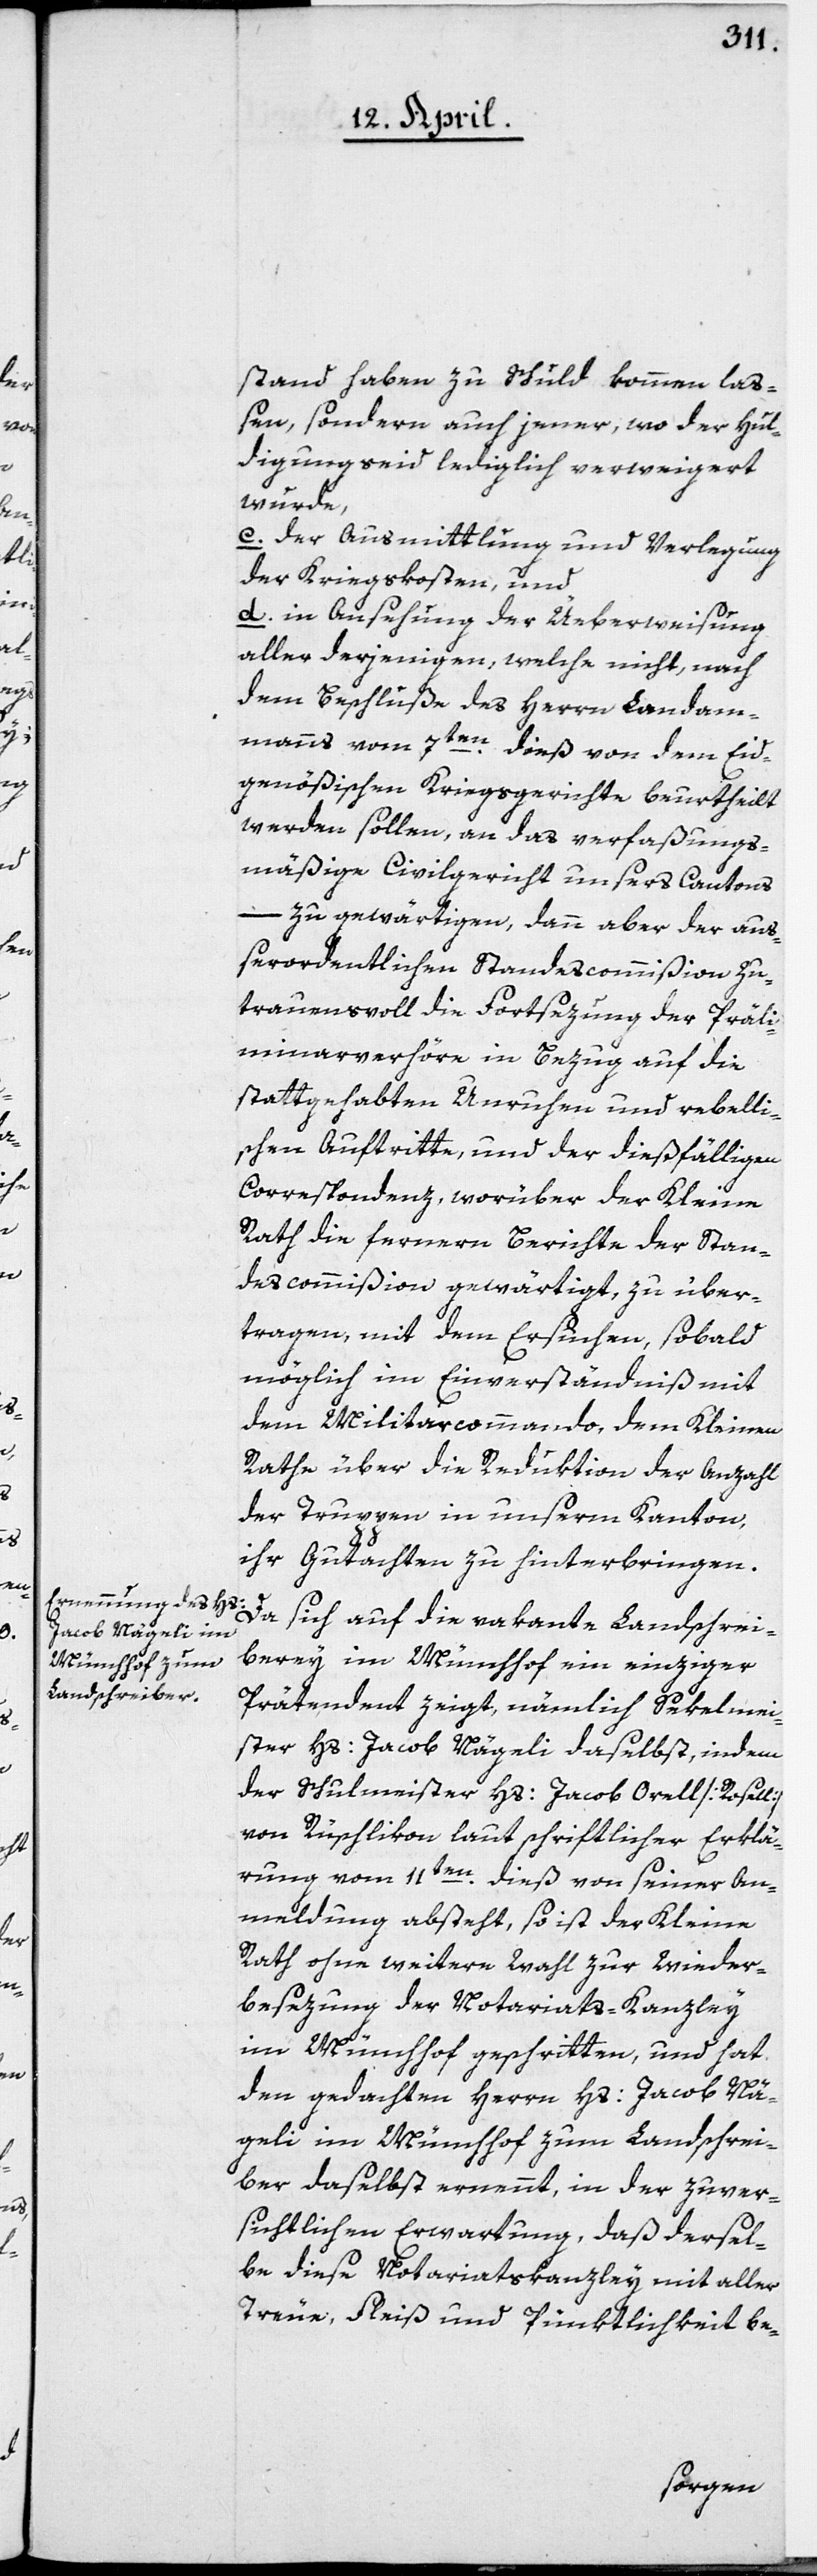
stand haben zu Schuld kommen laß¬
en, sondern auch jener, wo der Hul¬
digungseid lediglich verweigert
wurde,
c. der Ausmittlung und Verlegung
der Kriegskosten, und
d. in Ansehung der Ueberweisung
aller derjenigen, welche nicht, nach
dem Beschluße des Herrn Landam¬
manns vom 7ten dieß von dem Eid¬
genößischen Kriegsgerichte beurtheilt
werden sollen, an das verfaßungs¬
mäßige Civilgericht unsers Cantons
–
zu gewärtigen, dann aber der auß¬
erordentlichen Standescommißion zu¬
trauensvoll die Fortsezung der Präli¬
minarverhöre in Bezug auf die
stattgehabten Unruhen und rebelli¬
schen Auftritte, und der dießfälligen
Correspondenz, worüber der Kleine
Rath die fernern Berichte der Stan¬
descommißion gewärtigt, zu über¬
tragen, mit dem Ersuchen, sobald
möglich im Einverständniß mit
dem Militarcommando dem Kleinen
Rathe über die Reduktion der Anzahl
der Truppen in unserm Kanton
ihr Gutachten zu hinterbringen.
Da sich auf die vakante Landschrei¬
berey im Münchhof ein einziger
Prätendent zeigt, nämlich Sekelmei¬
ster Hs: Jacob Nägeli daselbst, indem
der Schulmeister Hs: Jacob Orell [Rosell]
von Rüschlikon laut schriftlicher Erklä¬
rung vom 11ten dieß von seiner An¬
meldung absteht, so ist der Kleine
Rath ohne weitere Wahl zur Wieder¬
besezung der Notariats-Kanzley
im Münchhof geschritten, und hat
den gedachten Herrn Hs: Jacob Nä¬
geli im Münchhof zum Landschrei¬
ber daselbst ernennt, in der zuver¬
sichtlichen Erwartung, daß dersel¬
be diese Notariatskanzley mit aller
Treue, Fleiß und Pünktlichkeit be-